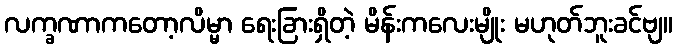
လက္ခဏာကတော့လိမ္မာ ရေးခြားရှိတဲ့ မိန်းကလေးမျိုး မဟုတ်ဘူးခင်ဗျ။